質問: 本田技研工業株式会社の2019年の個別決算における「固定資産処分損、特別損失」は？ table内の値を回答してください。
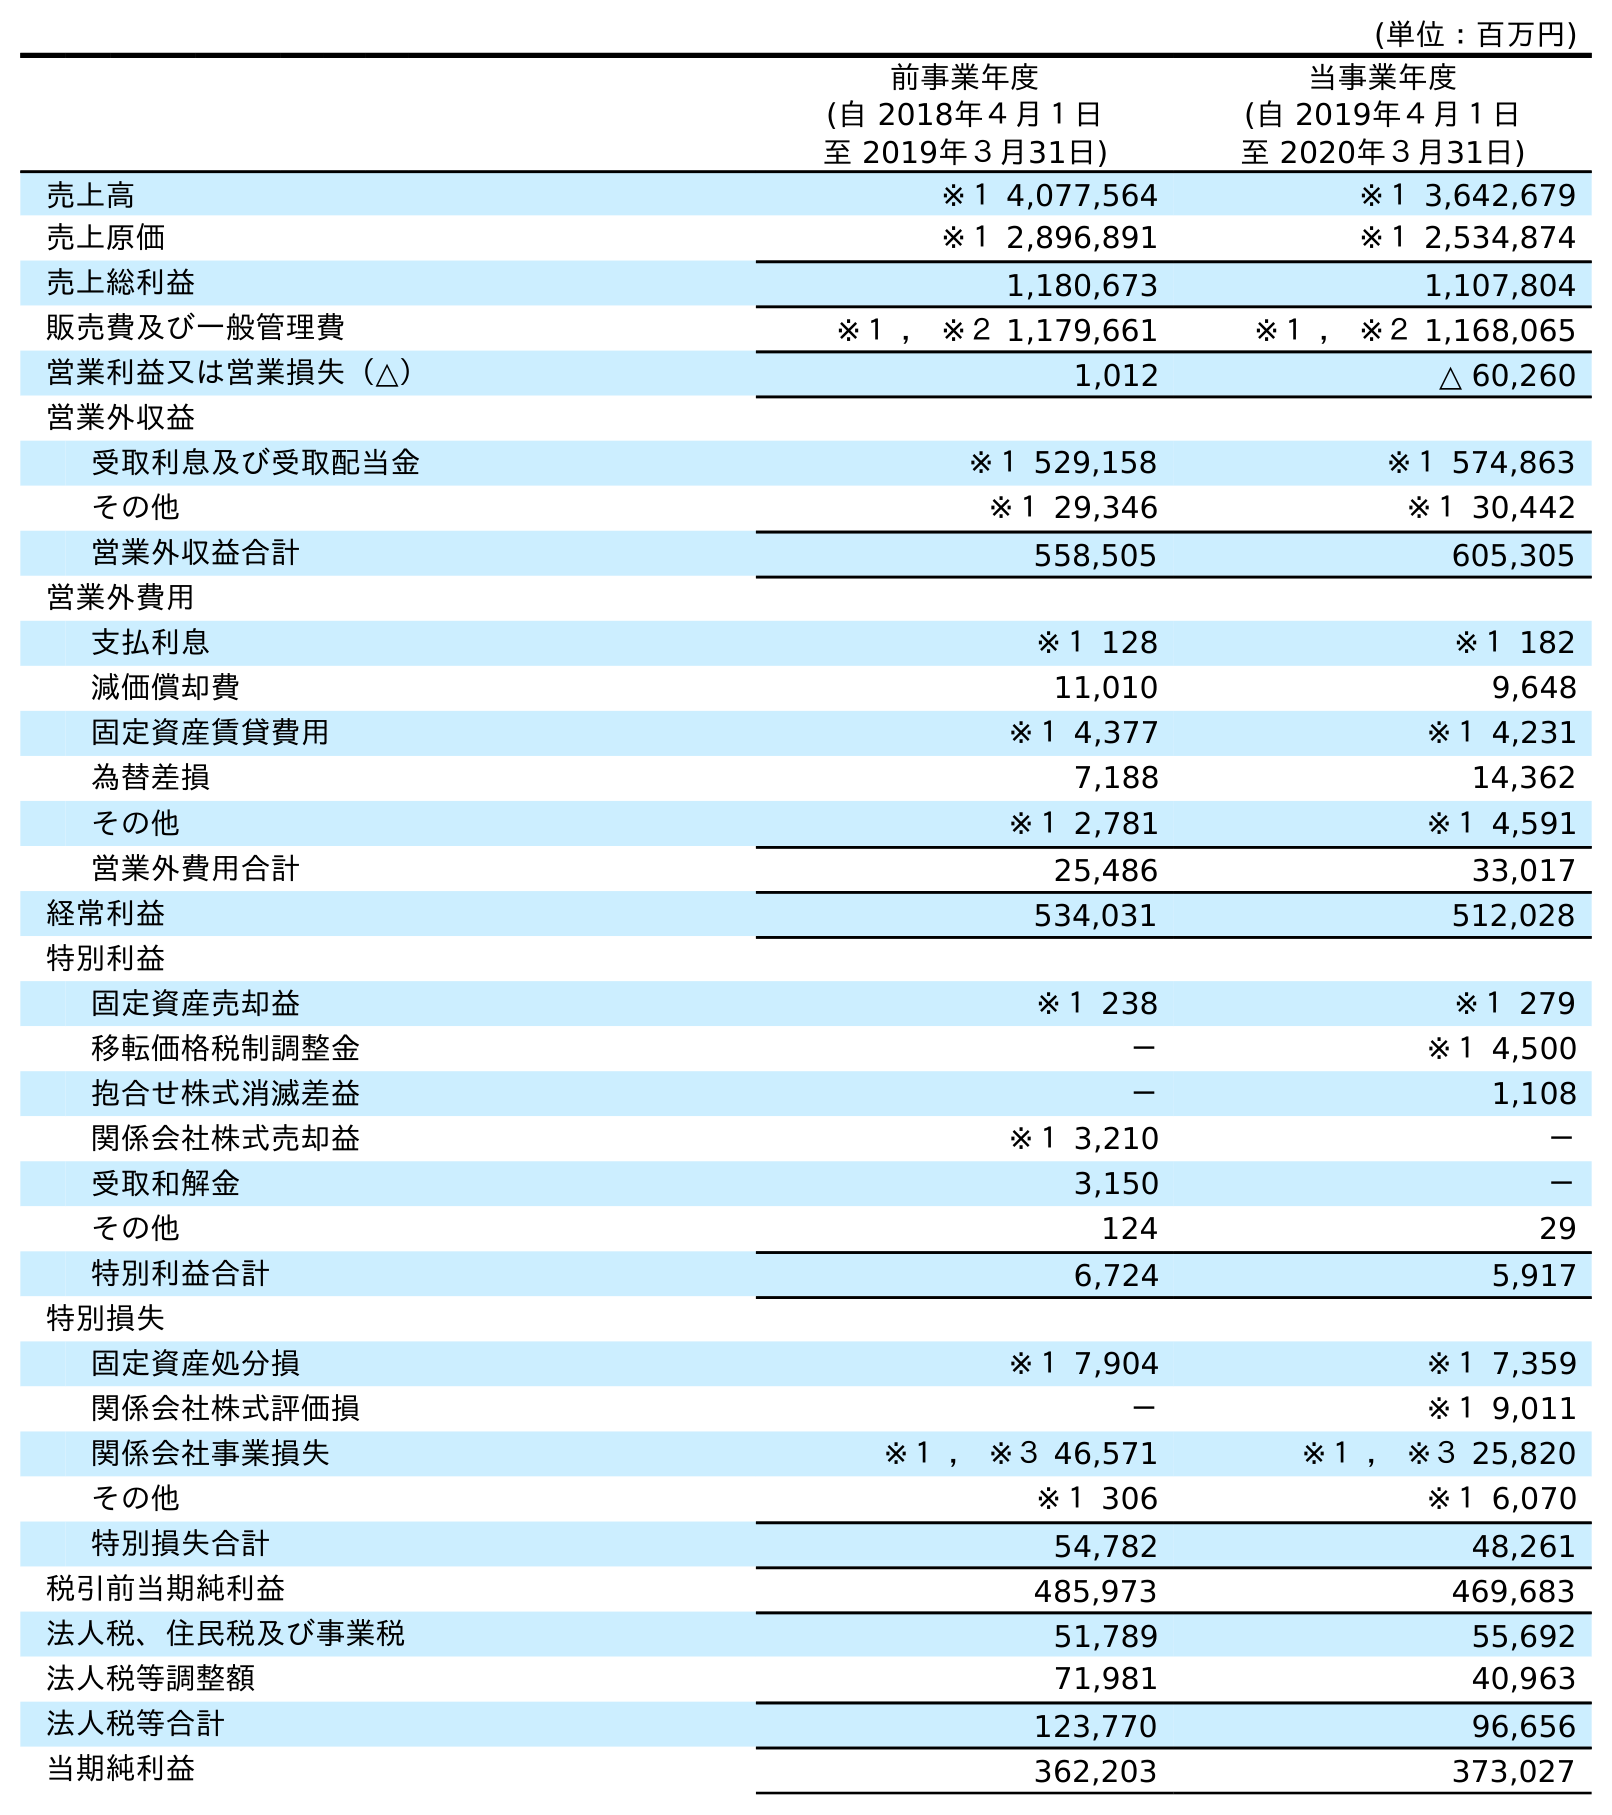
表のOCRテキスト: (単位：百万円) 前事業年度 (自 2018年４月１日 至 2019年３月31日) 当事業年度 (自 2019年４月１日 至 2020年３月31日) 売上高 ※１ 4,077,564 ※１ 3,642,679 売上原価 ※１ 2,896,891 ※１ 2,534,874 売上総利益 1,180,673 1,107,804 販売費及び一般管理費 ※１ ， ※２ 1,179,661 ※１ ， ※２ 1,168,065 営業利益又は営業損失（△） 1,012 △ 60,260 営業外収益 受取利息及び受取配当金 ※１ 529,158 ※１ 574,863 その他 ※１ 29,346 ※１ 30,442 営業外収益合計 558,505 605,305 営業外費用 支払利息 ※１ 128 ※１ 182 減価償却費 11,010 9,648 固定資産賃貸費用 ※１ 4,377 ※１ 4,231 為替差損 7,188 14,362 その他 ※１ 2,781 ※１ 4,591 営業外費用合計 25,486 33,017 経常利益 534,031 512,028 特別利益 固定資産売却益 ※１ 238 ※１ 279 移転価格税制調整金 － ※１ 4,500 抱合せ株式消滅差益 － 1,108 関係会社株式売却益 ※１ 3,210 － 受取和解金 3,150 － その他 124 29 特別利益合計 6,724 5,917 特別損失 固定資産処分損 ※１ 7,904 ※１ 7,359 関係会社株式評価損 － ※１ 9,011 関係会社事業損失 ※１ ， ※３ 46,571 ※１ ， ※３ 25,820 その他 ※１ 306 ※１ 6,070 特別損失合計 54,782 48,261 税引前当期純利益 485,973 469,683 法人税、住民税及び事業税 51,789 55,692 法人税等調整額 71,981 40,963 法人税等合計 123,770 96,656 当期純利益 362,203 373,027
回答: ※１7,904